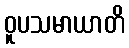
ဝူပသမာယာတိ